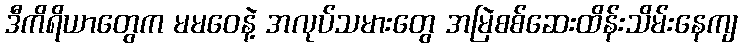
ဒီကိရိယာတွေက မမဝေနဲ့ အလုပ်သမားတွေ အမြဲစစ်ဆေးထိန်းသိမ်းနေကျ